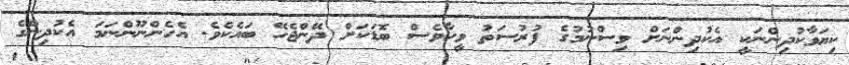
ކިޔަވާކުދިންނަކީ އެކުދިންނަށް ވިސްނުމުގެ ފުރުސަތު ވީހާވެސް ބޮޑަކަށް ދޭންޖެހޭ ބައެކެވެ. އެހެންނޫންނަމަ އެކުދިންގެ